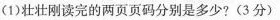
(1)壮壮刚读完的两页页码分别是多少?(3分)